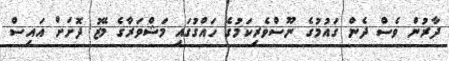
ދާރުން ވެސް ދެން ގައުމުގެ ނޫސްވެރިކަމުގެ ހައްގުގައި މަޝްވަރާގެ މޭޒު ދޮށަށް އައިސް